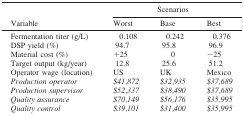
<table><thead><tr><td></td><td colspan="3"><b>Scenarios</b></td></tr><tr><td><b>Variable</b></td><td><b>Worst</b></td><td><b>Base</b></td><td><b>Best</b></td></tr></thead><tbody><tr><td>Fermentation titer (g/L)</td><td>0.108</td><td>0.242</td><td>0.376</td></tr><tr><td>DSP yield (%)</td><td>94.7</td><td>95.8</td><td>96.9</td></tr><tr><td>Material cost (%)</td><td>+25</td><td>0</td><td>−25</td></tr><tr><td>Target output (kg/year)</td><td>12.8</td><td>25.6</td><td>51.2</td></tr><tr><td>Operator wage (location)</td><td>US</td><td>UK</td><td>Mexico</td></tr><tr><td><i>Production operator</i></td><td><i>$41,872</i></td><td><i>$32,935</i></td><td><i>$37,689</i></td></tr><tr><td><i>Production supervisor</i></td><td><i>$52,337</i></td><td><i>$38,490</i></td><td><i>$37,689</i></td></tr><tr><td><i>Quality assurance</i></td><td><i>$70,149</i></td><td><i>$56,176</i></td><td><i>$35,995</i></td></tr><tr><td><i>Quality control</i></td><td><i>$39,101</i></td><td><i>$31,400</i></td><td><i>$35,995</i></td></tr></tbody></table>